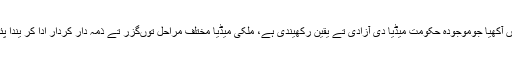
انہاں آکھیا جوموجودہ حکومت میڈیا دی آزادی تے یقین رکھیندی ہے، ملکی میڈیا مختلف مراحل توںگزر تے ذمہ دار کردار ادا کر یندا پئے۔